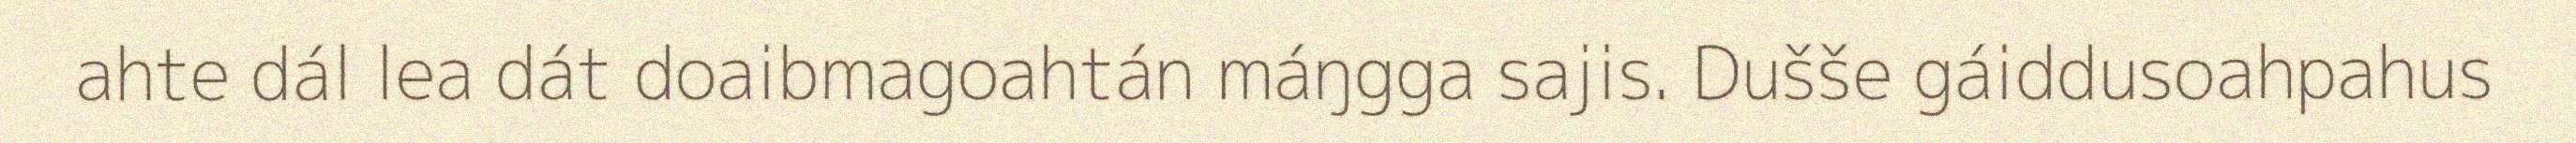
ahte dál lea dát doaibmagoahtán máŋgga sajis. Dušše gáiddusoahpahus